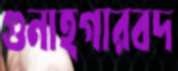
গুনাহগারবদ